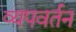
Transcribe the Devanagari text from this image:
व्यपवर्तन